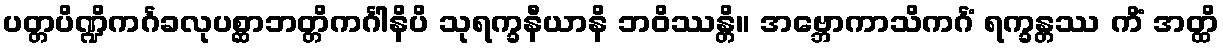
ပတ္တပိဏ္ဍိကင်္ဂခလုပစ္ဆာဘတ္တိကင်္ဂါနိပိ သုရက္ခနီယာနိ ဘဝိဿန္တိ။ အဗ္ဘောကာသိကင်္ဂံ ရက္ခန္တဿ ကိံ အတ္ထိ